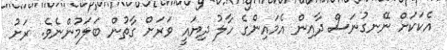
އެކަކަށް ނޭނގުނަސް ދާއިން އެމައިންގެ ހާލު ދިޔައީ ވަރަށް ގާތުން ބަލަމުންނެވެ. ރަށު